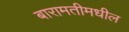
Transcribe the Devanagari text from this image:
बारामतीमधील